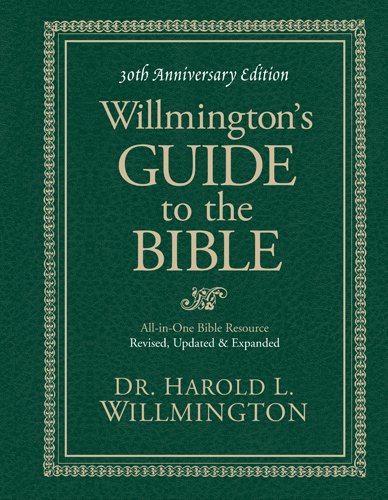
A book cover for Willmington's Guide to the Bible 30th Anniversary Edition; Harold L. Willmington; Christian Books & Bibles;